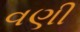
વણી